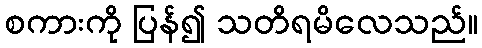
စကားကို ပြန်၍ သတိရမိလေသည်။